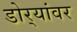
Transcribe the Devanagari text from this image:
डोर्‍यांवर